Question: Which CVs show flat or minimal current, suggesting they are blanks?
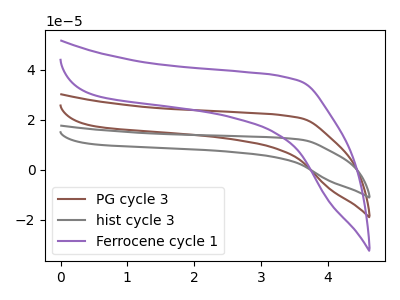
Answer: <think>The brown curve "PG cycle 3" has no peaks. The gray curve "hist cycle 3" has no peaks. The purple curve "Ferrocene cycle 1" has no peaks.</think>
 <answer>"PG cycle 3", "hist cycle 3" and "Ferrocene cycle 1" are likely to be blanks.</answer>
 <eval>"PG cycle 3", "hist cycle 3", "Ferrocene cycle 1"</eval>